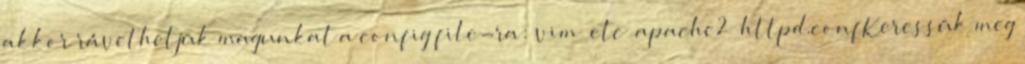
akkor rávethetjük magunkat a config file-ra: vim etc apache2 httpd.confKeressük meg